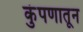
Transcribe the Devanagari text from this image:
कुंपणातून